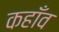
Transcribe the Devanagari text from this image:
कहाँव